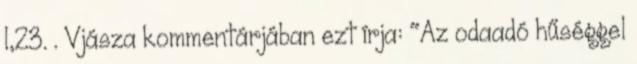
l,23. . Vjásza kommentárjában ezt írja: "Az odaadó hűséggel